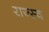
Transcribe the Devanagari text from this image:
राज्स्व